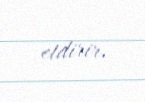
etdirir.